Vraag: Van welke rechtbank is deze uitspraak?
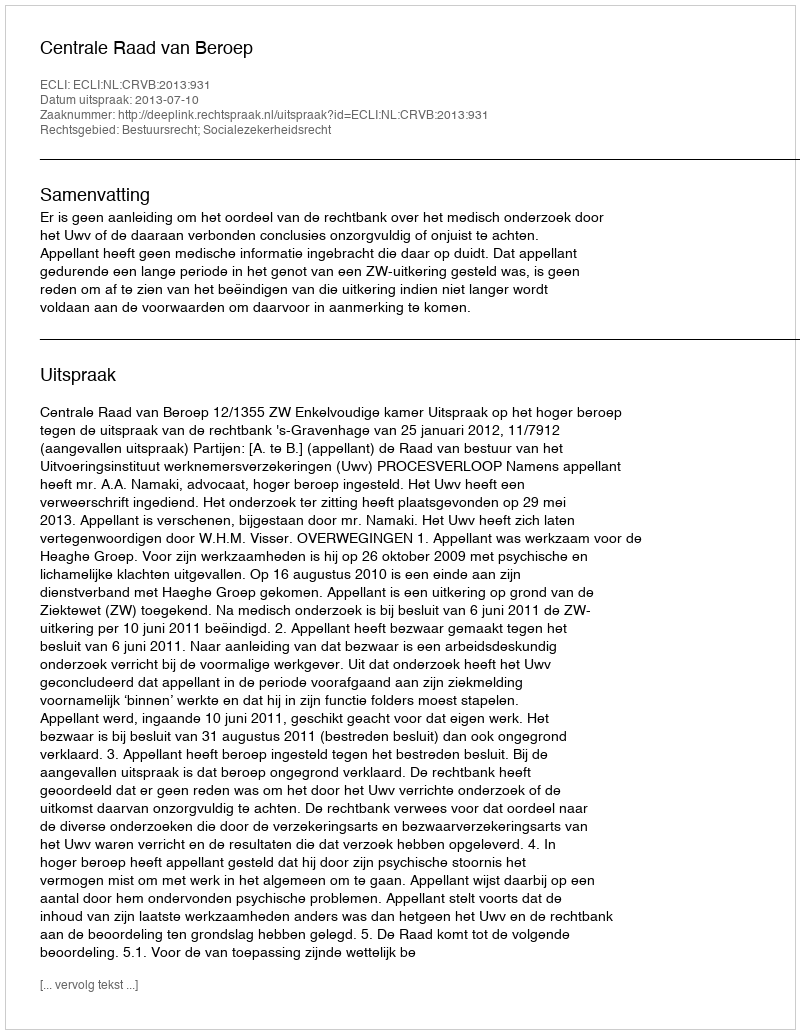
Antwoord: Centrale Raad van Beroep